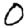
Digit: 0